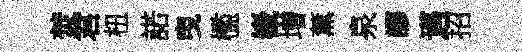
焚君杻諾曳檻嶻增薰泉謬邁招